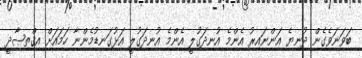
ބަވަނަވެގެން ދުނިޔެ އަންނައިރު އެންމެ އުނދަގުލީ އެންމެ އުނދަގުލީ އަޅުގަނޑުމެންނާ ހަމައަށް އިޤްތިޞާދީ